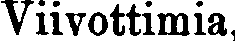
Viivottimia,